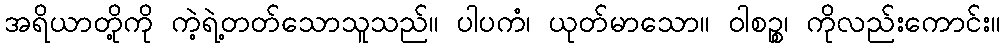
အရိယာတို့ကို ကဲ့ရဲ့တတ်သောသူသည်။ ပါပကံ၊ ယုတ်မာသော။ ဝါစဉ္စ၊ ကိုလည်းကောင်း။